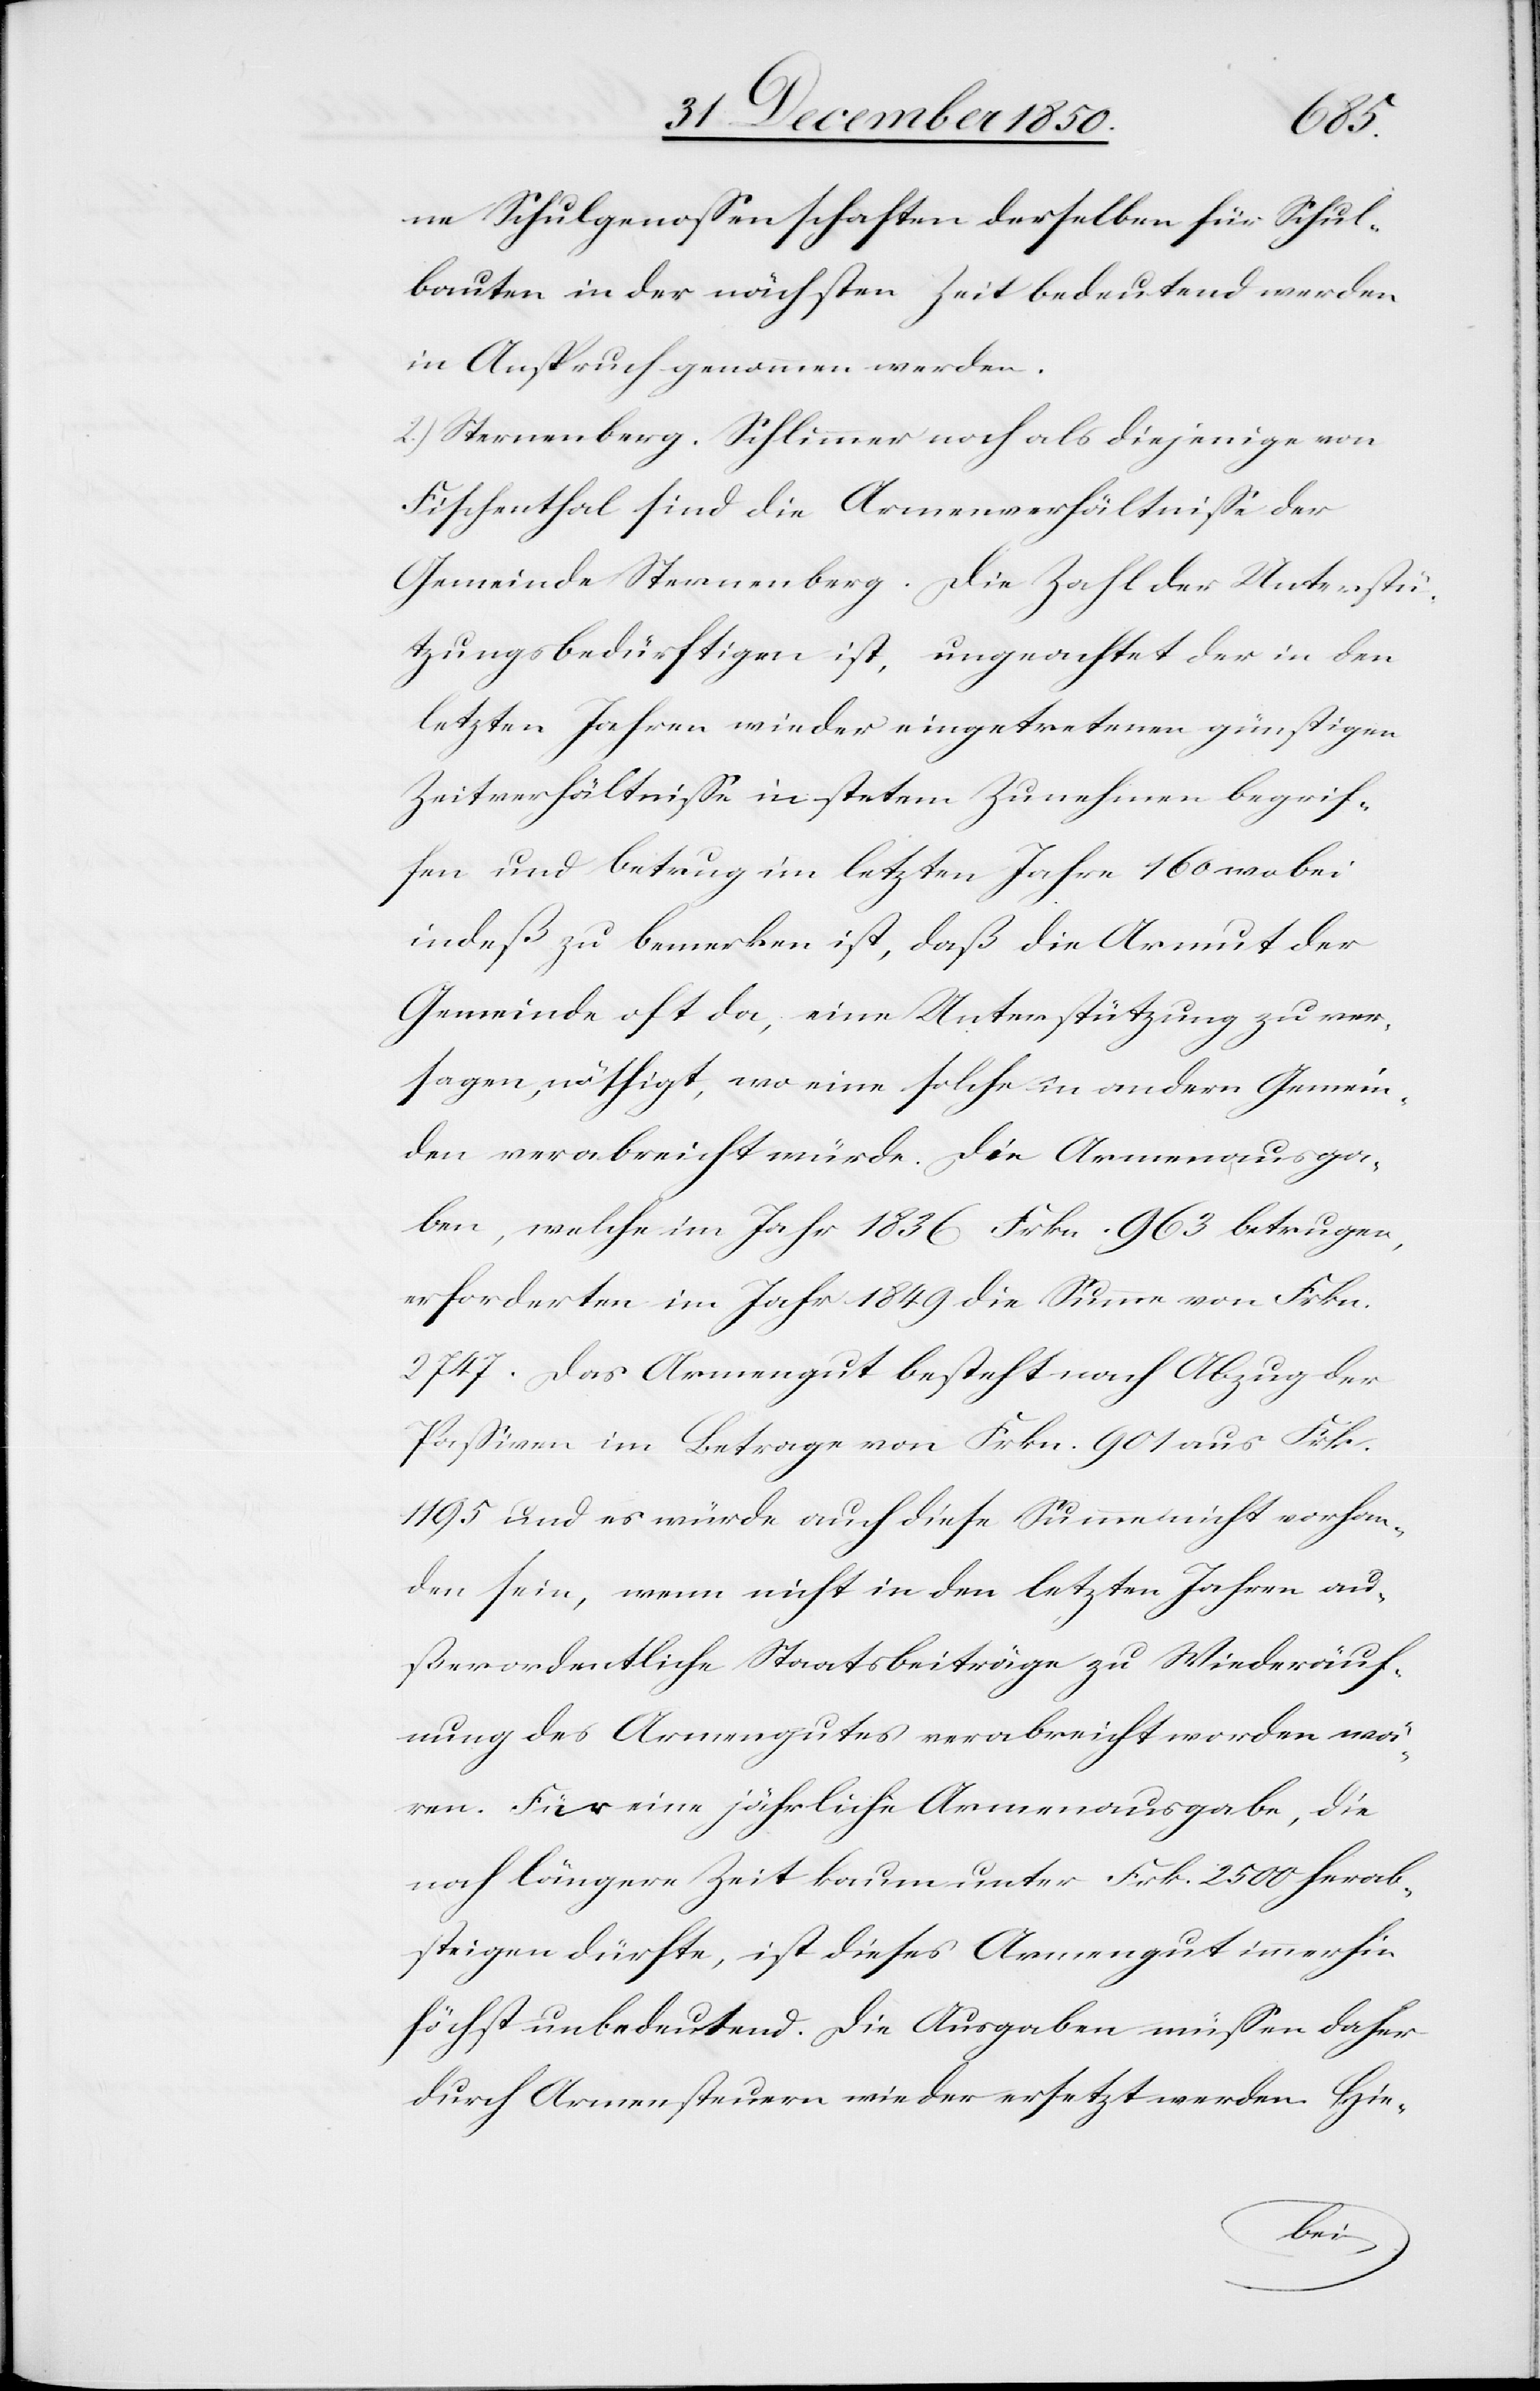
ne Schulgenossenschaften derselben für Schul¬
bauten in der nächsten Zeit bedeutend werden
in Anspruch genommen werden.
2.) Sternenberg. Schlimmer noch als diejenige von
Fischenthal sind die Armenverhältnisse der
Gemeinde Sternenberg. Die Zahl der Unterstü¬
tzungsbedürftigen ist, ungeachtet der in den
letzten Jahren wieder eingetretenen günstigen
Zeitverhältnisse in stetem Zunehmen begrif¬
fen und betrug im letzten Jahre 160 wobei
indeß zu bemerken ist, daß die Armut der
Gemeinde oft da, eine Unterstützung zu ver¬
sagen nöthigt, wo eine solche in andern Gemein¬
den verabreicht würde. Die Armenausga¬
ben, welche im Jahr 1836 Frkn. 963 betrugen,
erforderten im Jahr 1849 die Summe von Frkn.
2747. Das Armengut besteht nach Abzug der
Passiven im Betrage von Frkn. 901 aus Frk.
1195 und es würde auch diese Summe nicht vorhan¬
den sein, wenn nicht in den letzten Jahren au¬
ßerordentliche Staatsbeiträge zu Wiederäuf¬
nung des Armengutes verabreicht worden wä¬
ren. Für eine jährliche Armenausgabe, die
noch längere Zeit kaum unter Frk. 250 herab¬
steigen dürfte, ist dieses Armengut immerhin
höchst unbedeutend. Die Ausgaben müssen daher
durch Armensteuern wieder ersetzt werden. Hie-